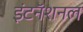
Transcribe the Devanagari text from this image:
इंटनॅशनल